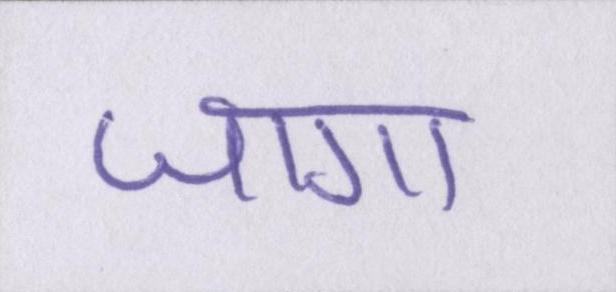
जागा